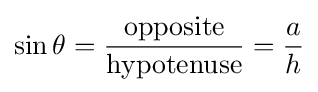
\sin \theta ={\frac {\mathrm {opposite} }{\mathrm {hypotenuse} }}={\frac {a}{h}}